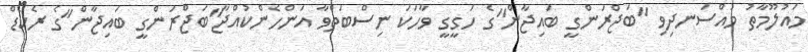
މައުލޫމާތު މުއްސަނދިވި "ބަޖްރަންގީ ބައިޖާން"ގެ ހަގީގީ ވާހަކަ ނިސްބަތްވާ އަންހެންކުއްޖާ"ބަޖްރަންގީ ބައިޖާން"ގެ ރެކޯޑް